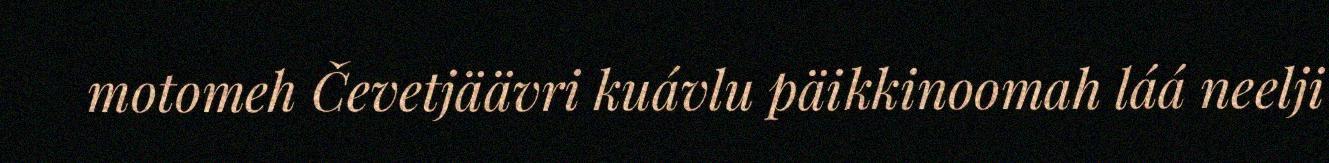
motomeh Čevetjäävri kuávlu päikkinoomah láá neelji